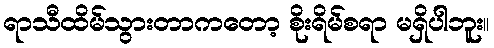
ရာသီထိမ်သွားတာကတော့ စိုးရိမ်စရာ မရှိပါဘူး။